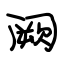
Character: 阙